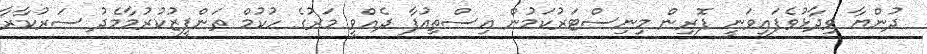
ދުންޔާ ވިދާޅުވެފައިވަނީ ފޮރިން މިނިސްޓަރުކަމުން އިސްތިއުފާ ދެއްވީ މަރުގެ ހުކުމް ތަންފީޒުކުރުމާމެދު ސަރުކާރާ